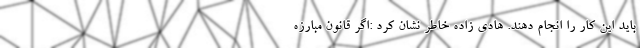
باید این کار را انجام دهند. هادی زاده خاطر نشان کرد :اگر قانون مبارزه